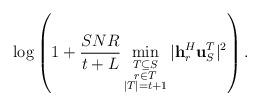
LaTeX: \begin{align*} \log \left(1+\frac{SNR}{t+L} \min_{\substack{T \subseteq S \\ r\in T \\ |T|=t+1}} |\mathbf{h}_r^H \mathbf{u}^{T}_S|^2 \right).\end{align*}